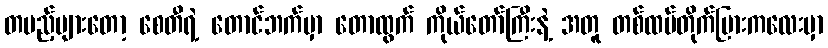
တပည့်များတော့ စေတီရဲ့ တောင်ဘက်မှာ တောထွက် ကိုယ်တော်ကြီးနဲ့ အတူ တစ်ထပ်တိုက်ပြားကလေးမှာ